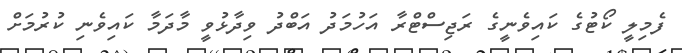
ފެމިލީ ކޯޓުގެ ކައިވެނީގެ ރަޖިސްޓްރާ އަހުމަދު އަބްދު ވިދާޅުވީ މާދަމާ ކައިވެނި ކުރުމަށް